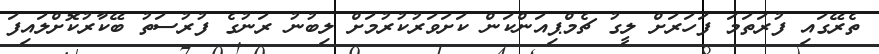
ތެރޭގައި ފުރަތަމަ ފަހަރަށް ލީގު ޗެމްޕިއަންކަން ކަށަވަރުކުރުމަށް ލިބުނު ރަނުގެ ފުރުސަތު ބޭކާރުކޮށްލައިފަ